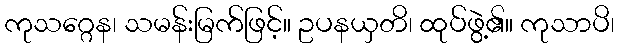
ကုသဂ္ဂေန၊ သမန်းမြက်ဖြင့်။ ဥပနယှတိ၊ ထုပ်ဖွဲ့၏။ ကုသာပိ၊